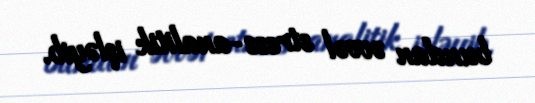
bundan əvvəl stress-analitik işləyib.